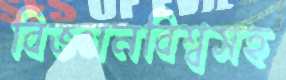
বিজ্ঞানবিশ্বসহ